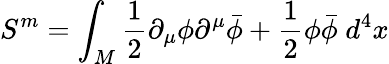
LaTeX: S^{m}=\int_{M}\frac{1}{2}\partial_{\mu}\phi\partial^{\mu}\bar{\phi}+\frac{1}{2}\phi\bar{\phi}\; d^{4}x